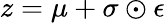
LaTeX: z=\mu+\sigma\odot\epsilon